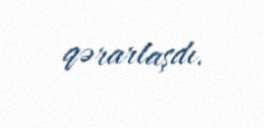
qərarlaşdı.